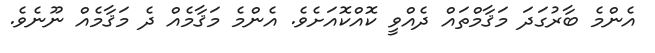
އެންމެ ބާރުގަދަ މަޤާމްތައް ދެއްވީ ކޮއްކޮއަށެވެ. އެންމެ މަޤާމެއް ދެ މަޤާމެއް ނޫނެވެ.